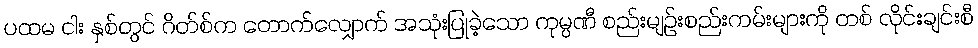
ပထမ ငါး နှစ်တွင် ဂိတ်စ်က တောက်လျှောက် အသုံးပြုခဲ့သော ကုမ္ပဏီ စည်းမျဉ်းစည်းကမ်းများကို တစ် လိုင်းချင်းစီ